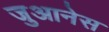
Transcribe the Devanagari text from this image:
जुआनेस